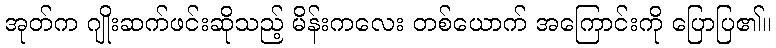
အုတ်က ဂျိုးဆက်ဖင်းဆိုသည့် မိန်းကလေး တစ်ယောက် အကြောင်းကို ပြောပြ၏။